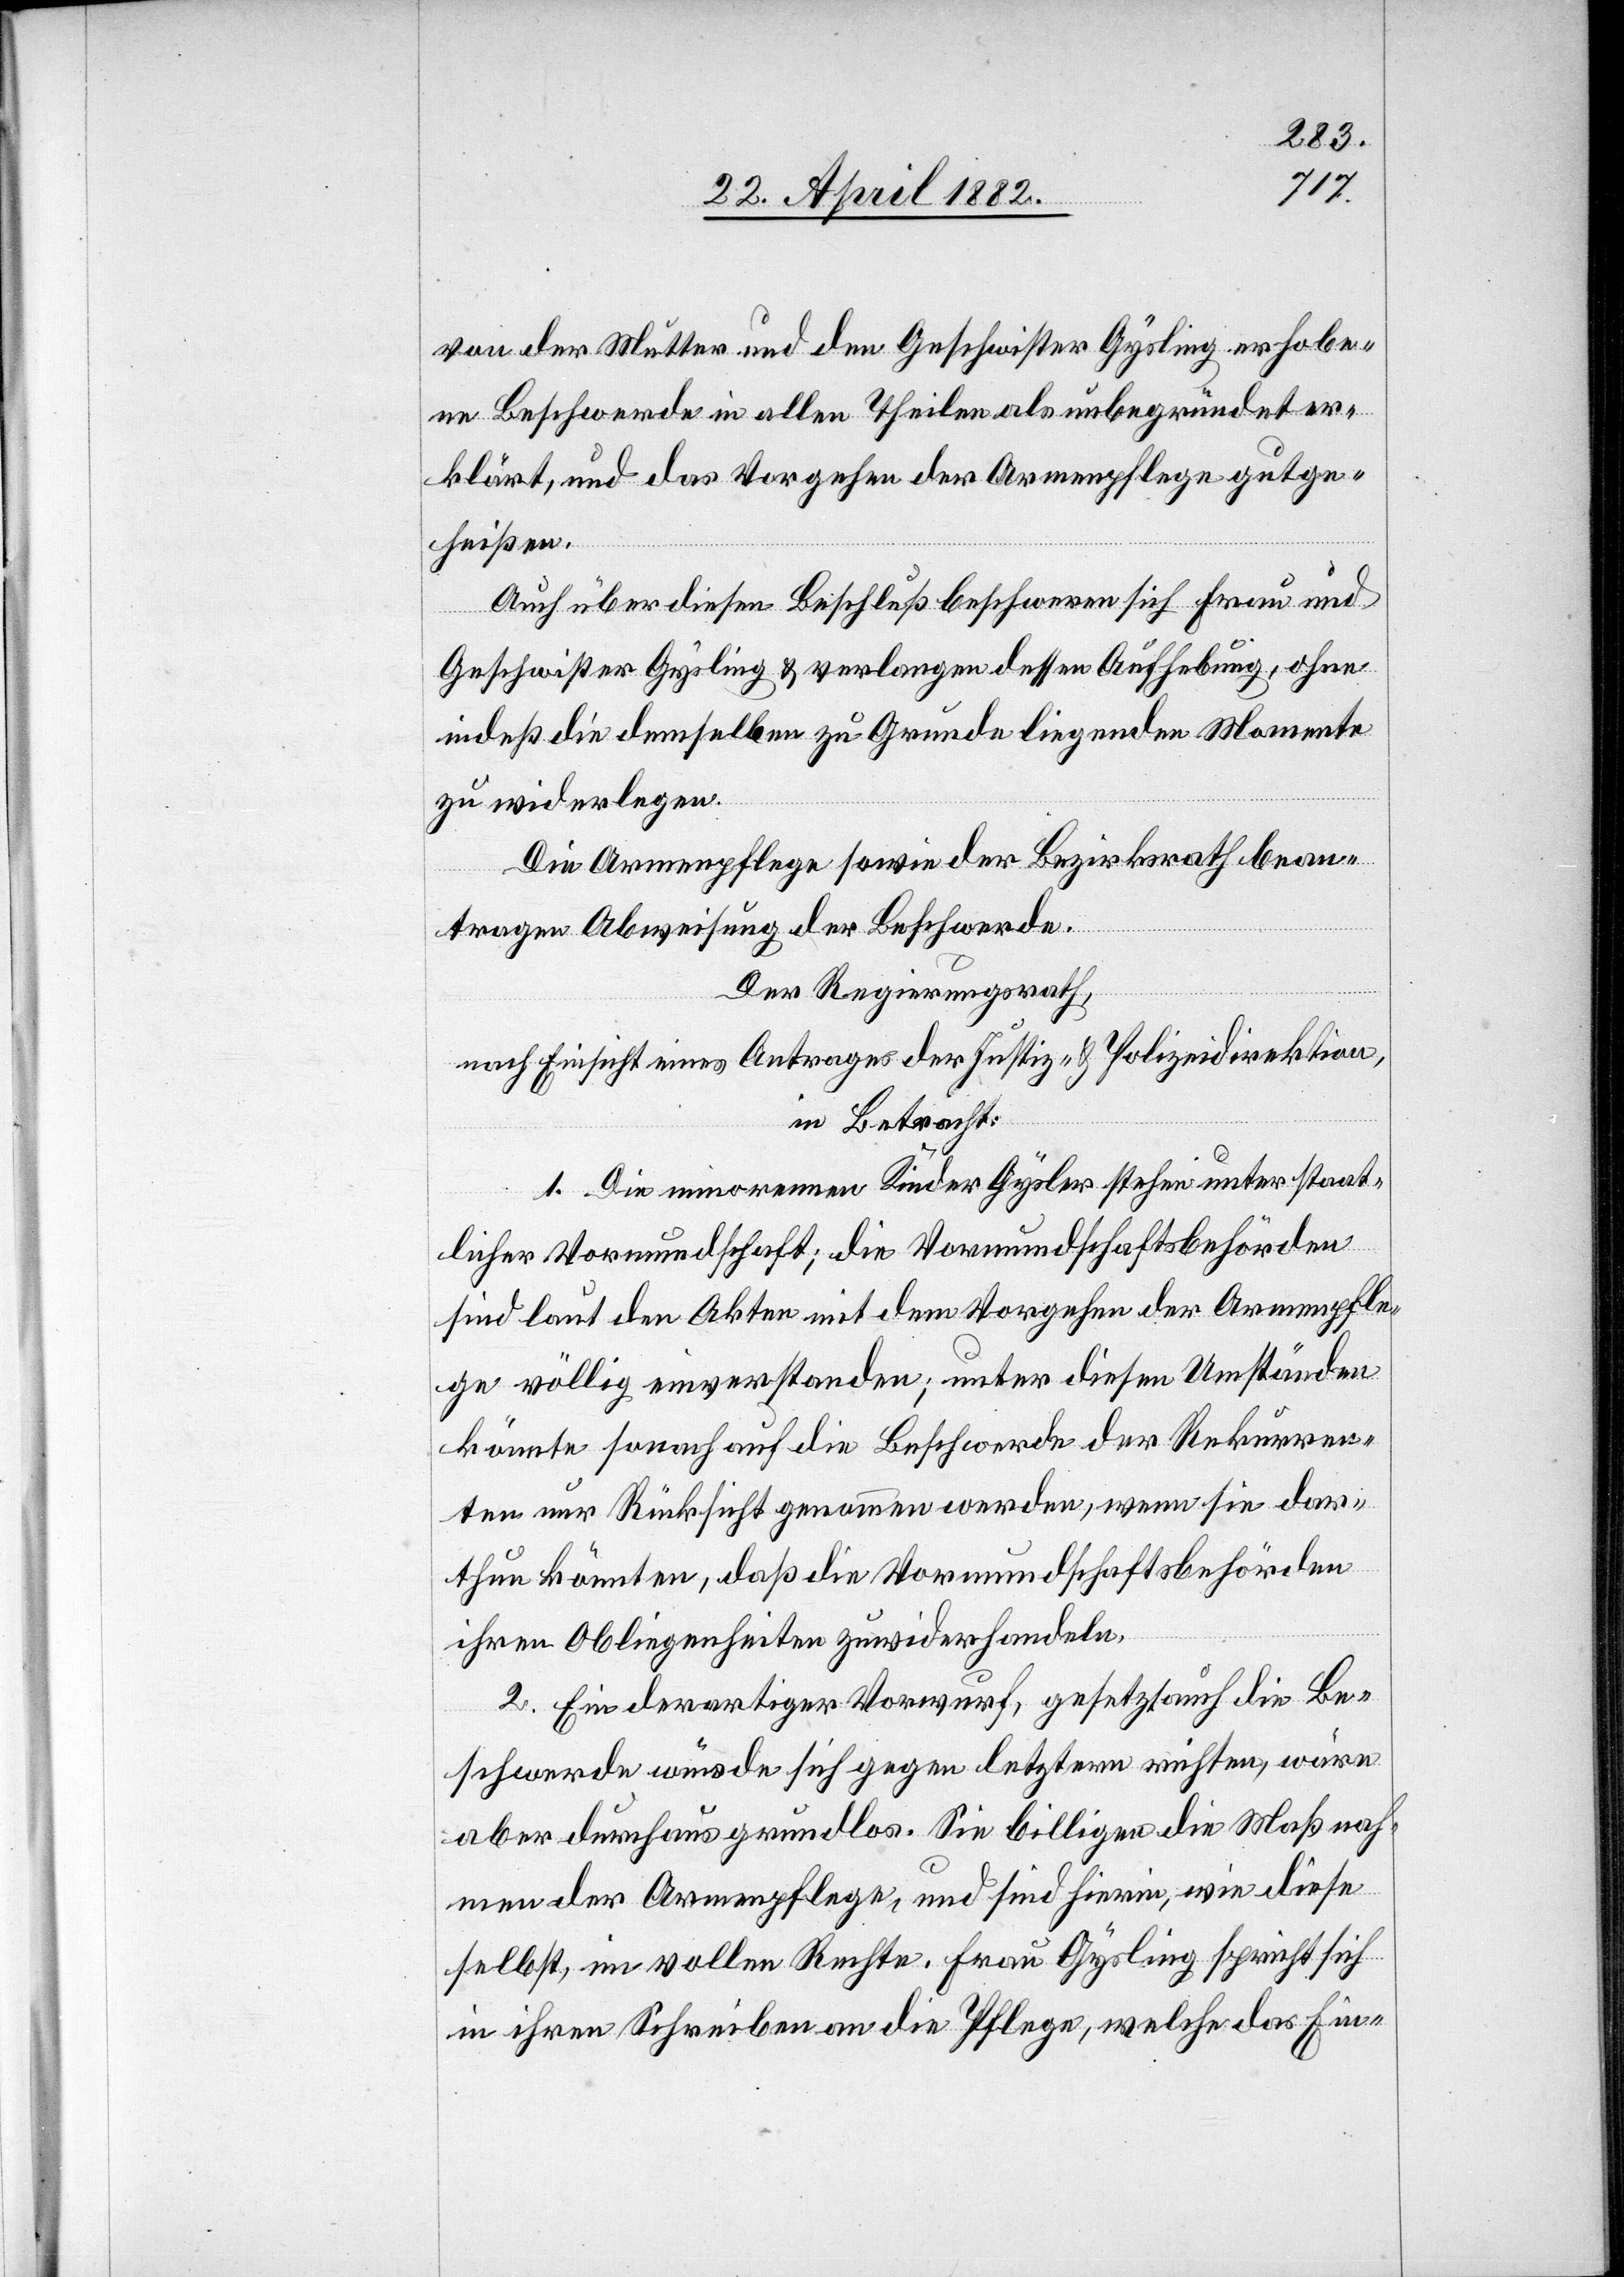
von der Mutter und den Geschwister Gysling erhobe¬
ne Beschwerde in allen Theilen als unbegründet er¬
klärt, und das Vorgehen der Armenpflege gutge¬
heißen.
Auch über diesen Beschluß beschweren sich Frau und
Geschwister Gysling & verlangen dessen Aufhebung, ohne
indeß die demselben zu Grunde liegenden Momente
zu widerlegen.
Die Armenpflege sowie der Bezirksrath bean¬
tragen Abweisung der Beschwerde.
Der Regierungsrath,
nach Einsicht eines Antrages der Justiz- & Polizeidirektion,
in Betracht:
1. Die minorennen Kinder Gysling stehen unter staat¬
licher Vormundschaft; die Vormundschaftsbehörden
sind laut den Akten mit dem Vorgehen der Armenpfle¬
ge völlig einverstanden; unter diesen Umständen
könnte sonach auf die Beschwerde der Rekurren¬
ten nur Rücksicht genommen werden, wenn sie dar¬
thun könnten, daß die Vormundschaftsbehörden
ihren Obliegenheiten zuwiderhandeln.
2. Ein derartiger Vorwurf, gesetzt auch die Be¬
schwerde würde sich gegen letztern richten, wäre
aber durchaus grundlos. Sie billigen die Maßnah¬
me der Armenpflege, und sind hierin, wie diese
selbst, im vollen Rechte. Frau Gysling spricht sich
in ihren Schreiben an die Pflege, welche das Ein-